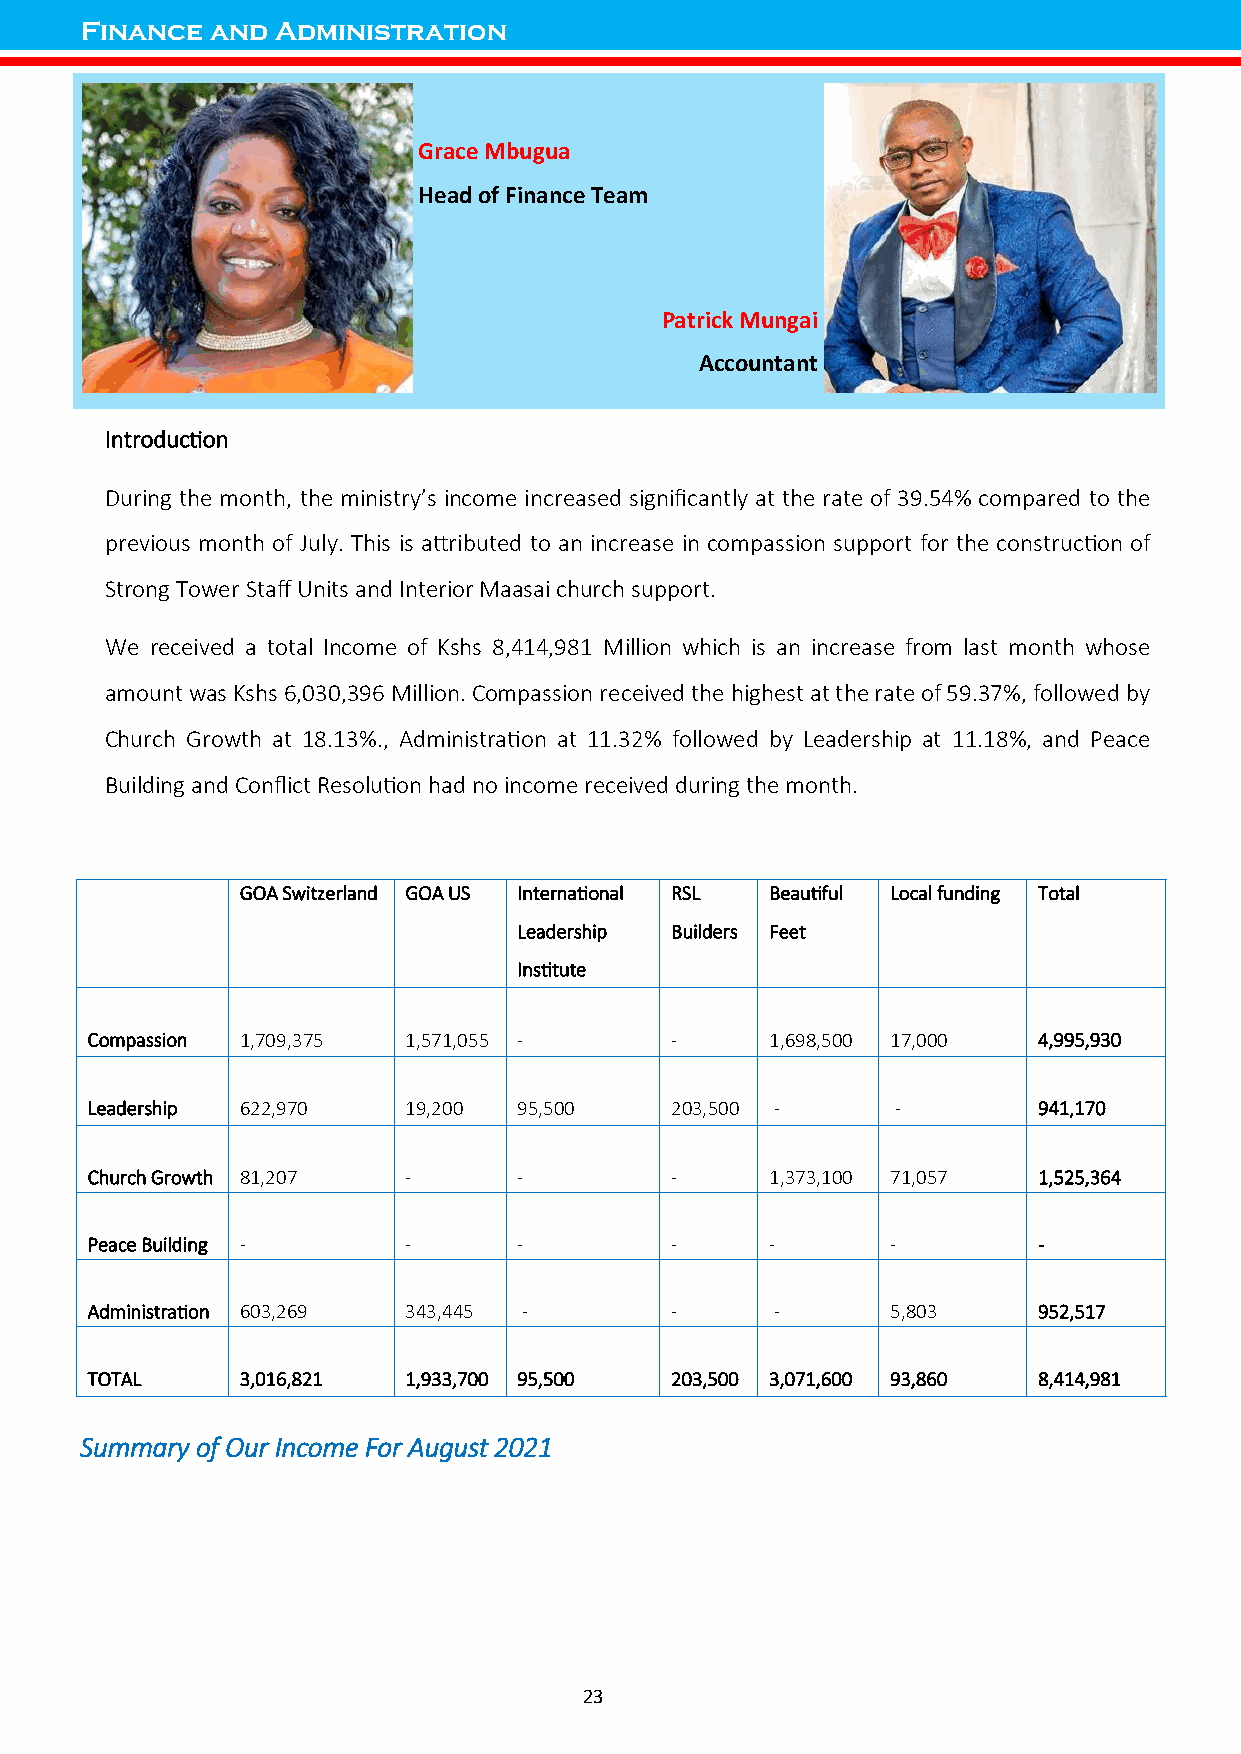
Finance  and Administration
 Grace Mbugua
 Head of Finance Team
 Patrick Mungai
 Accountant
 Introduction
 During the month, the ministry’s income increased significantly at the rate of 39.54% compared to the
 previous month of July. This is attributed to an increase in compassion support for the construction of
 Strong Tower Staff Units and Interior Maasai church support.
 We received a total Income of Kshs 8,414,981 Million which is an increase from last month whose
 amount was Kshs 6,030,396 Million. Compassion received the highest at the rate of 59.37%, followed by
 Church Growth at 18.13%., Administration at 11.32% followed by Leadership at 11.18%, and Peace
 Building and Conflict Resolution had no income received during the month.
 GOA Switzerland GOA US International RSL Beautiful Local funding Total
 Leadership Builders Feet
 Institute
 Compassion 1,709,375 1,571,055 -      -      1,698,500 17,000  4,995,930
 Leadership 622,970   19,200 95,500    203,500 -      -         941,170
 Church Growth 81,207 -      -         -      1,373,100 71,057  1,525,364
 Peace Building -     -      -         -      -       -         -
 Administration 603,269 343,445 -      -      -       5,803     952,517
 TOTAL     3,016,821  1,933,700 95,500 203,500 3,071,600 93,860 8,414,981
 Summary of Our Income For August 2021
 23